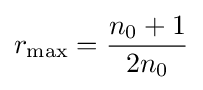
r_{\max }={\frac {n_{0}+1}{2n_{0}}}